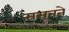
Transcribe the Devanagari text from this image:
ससूनने